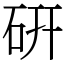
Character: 硏